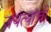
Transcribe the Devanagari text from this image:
जयंत्यांची